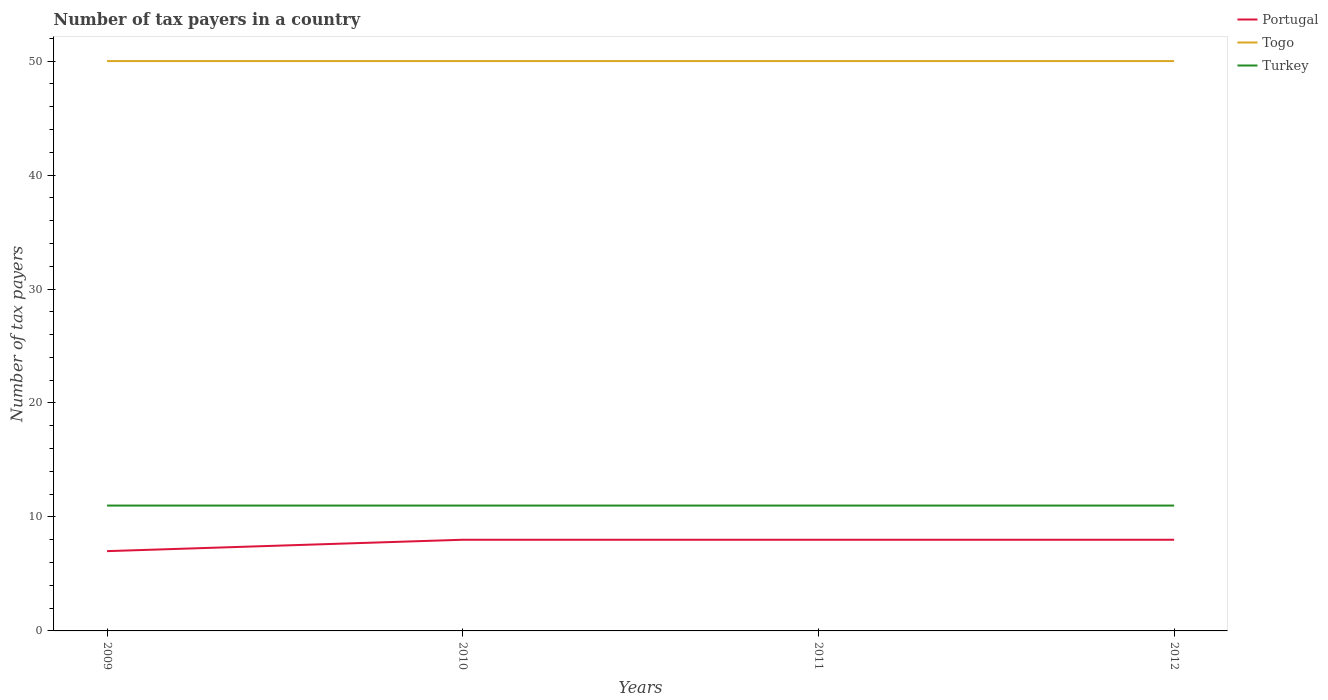
| Years | Portugal | Togo | Turkey |
 | --- | --- | --- | --- |
 | 2009 | 7 | 50 | 11 |
 | 2010 | 8 | 50 | 11 |
 | 2011 | 8 | 50 | 11 |
 | 2012 | 8 | 50 | 11 |